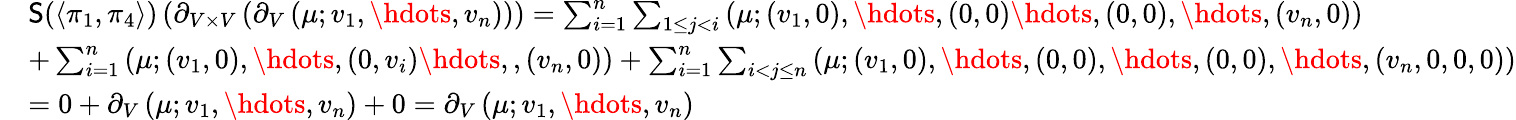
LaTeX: \begin{array}{rl}&{\mathsf{S}(\langle\pi_{1},\pi_{4}\rangle)\left(\partial_{V\times V}\left(\partial_{V}\left(\mu;v_{1},\hdots,v_{n}\right)\right)\right)=\sum_{i=1}^{n}\sum_{1\leq j<i}\left(\mu;(v_{1},0),\hdots,(0,0)\hdots,(0,0),\hdots,(v_{n},0)\right)}\\ &{+\sum_{i=1}^{n}\left(\mu;(v_{1},0),\hdots,(0,v_{i})\hdots,,(v_{n},0)\right)+\sum_{i=1}^{n}\sum_{i<j\leq n}\left(\mu;(v_{1},0),\hdots,(0,0),\hdots,(0,0),\hdots,(v_{n},0,0,0)\right)}\\ &{=0+\partial_{V}\left(\mu;v_{1},\hdots,v_{n}\right)+0=\partial_{V}\left(\mu;v_{1},\hdots,v_{n}\right)}\end{array}